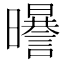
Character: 𣌈